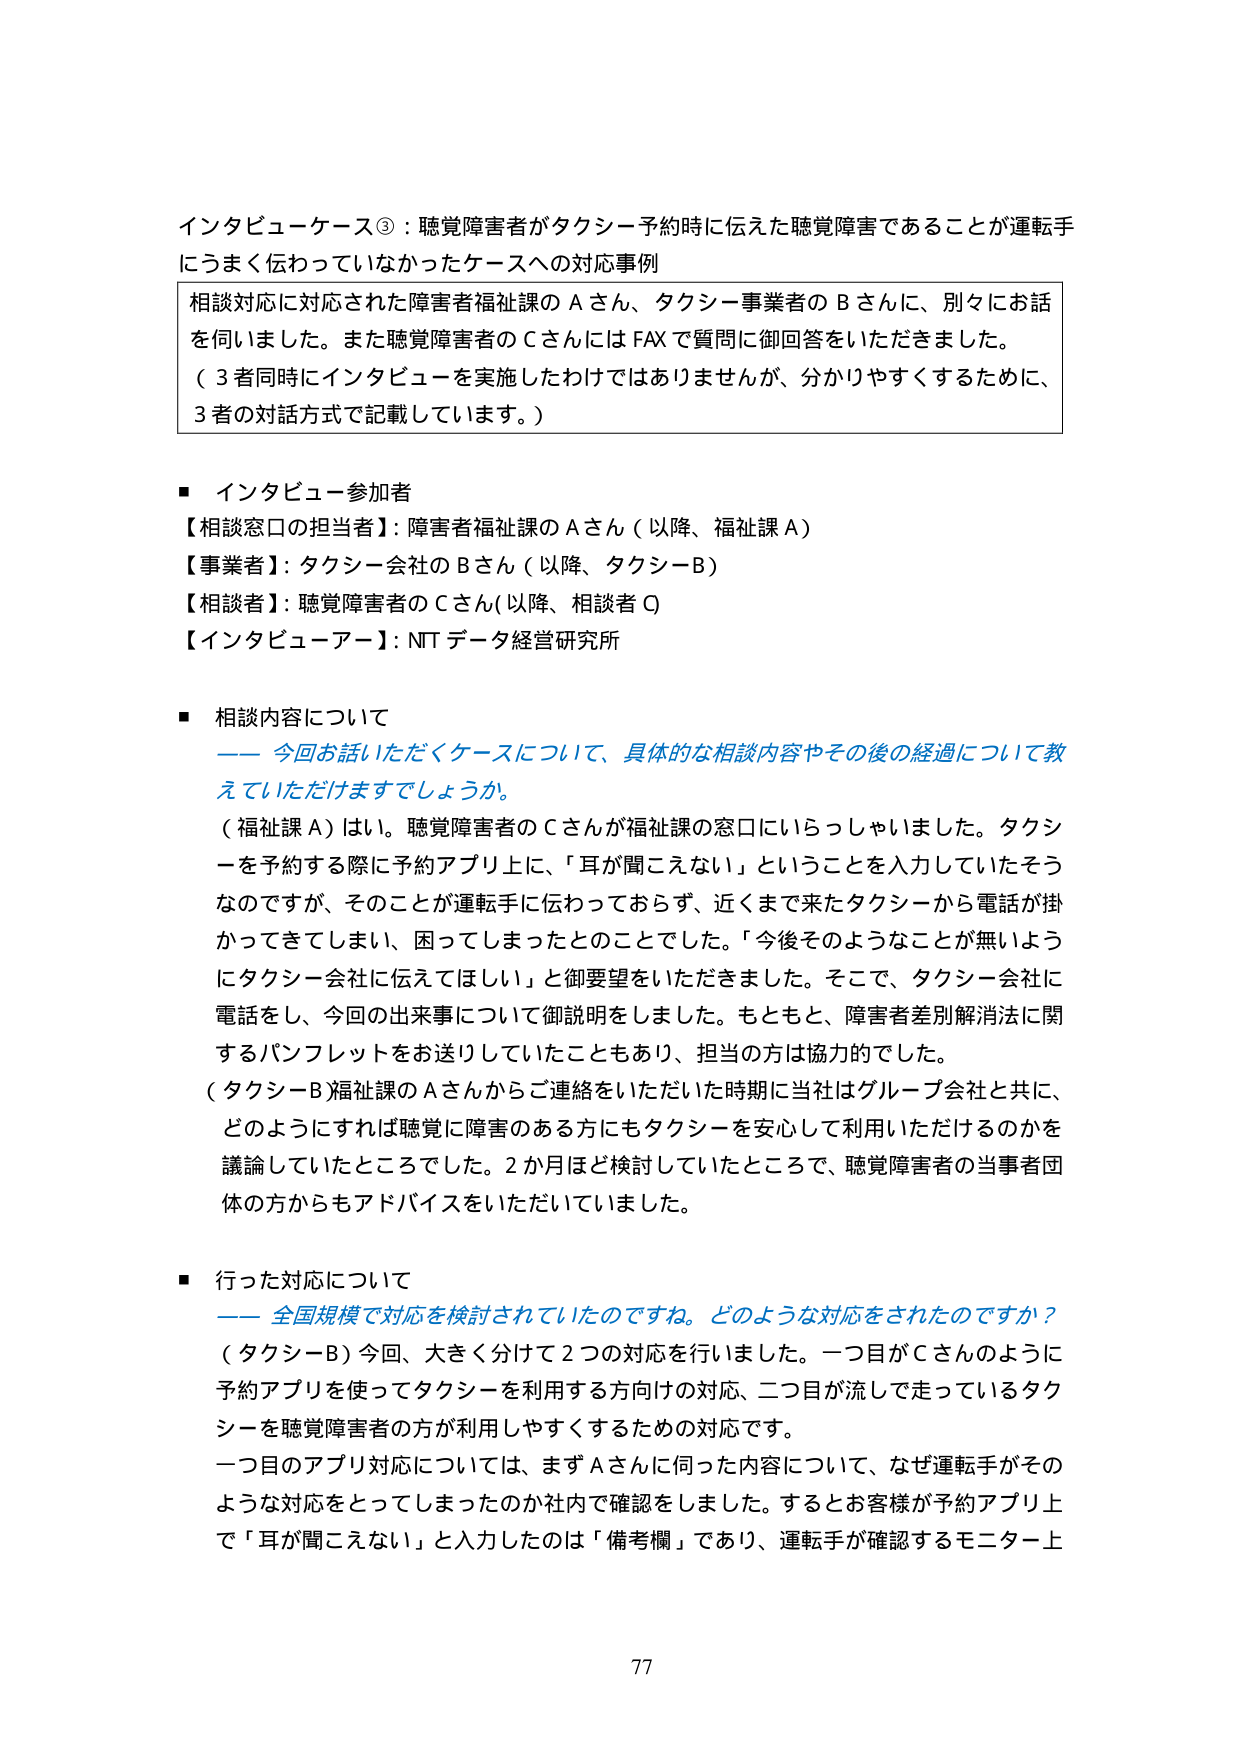
インタビューケース③：聴覚障害者がタクシー予約時に伝えた聴覚障害であることが運転手にうまく伝わっていなかったケースへの対応事例

相談対応に対応された障害者福祉課のＡさん、タクシー事業者のＢさんに、別々にお話を伺いました。また聴覚障害者のＣさんにはFAXで質問に御回答をいただきました。
（３者同時にインタビューを実施したわけではありませんが、分かりやすくするために、３者の対話方式で記載しています。）

■ インタビュー参加者
【相談窓口の担当者】：障害者福祉課のＡさん（以降、福祉課Ａ）
【事業者】：タクシー会社のＢさん（以降、タクシーＢ）
【相談者】：聴覚障害者のＣさん（以降、相談者Ｃ）
【インタビューアー】：NTTデータ経営研究所

■ 相談内容について
―― 今回お話いただくケースについて、具体的な相談内容やその後の経過について教えていただけますでしょうか。
（福祉課Ａ）はい。聴覚障害者のＣさんが福祉課の窓口にいらっしゃいました。タクシーを予約する際に予約アプリ上に、「耳が聞こえない」ということを入力していたそうなのですが、そのことが運転手に伝わっておらず、近くまで来たタクシーから電話が掛かってきてしまい、困ってしまったとのことでした。「今後そのようなことが無いようにタクシー会社に伝えてほしい」と御要望をいただきました。そこで、タクシー会社に電話をし、今回の出来事について御説明をしました。もともと、障害者差別解消法に関するパンフレットをお送りしていたこともあり、担当の方は協力的でした。
（タクシーＢ）福祉課のＡさんからご連絡をいただいた時期に当社はグループ会社と共に、どのようにすれば聴覚に障害のある方にもタクシーを安心して利用いただけるのかを議論していたところでした。２か月ほど検討していたところで、聴覚障害者の当事者団体の方からもアドバイスをいただいていました。

■ 行った対応について
―― 全国規模で対応を検討されていたのですね。どのような対応をされたのですか？
（タクシーＢ）今回、大きく分けて２つの対応を行いました。一つ目がＣさんのように予約アプリを使ってタクシーを利用する方向けの対応、二つ目が流して走っているタクシーを聴覚障害者の方が利用しやすくするための対応です。
一つ目のアプリ対応については、まずＡさんに伺った内容について、なぜ運転手がそのような対応をとってしまったのか社内で確認をしました。するとお客様が予約アプリ上で「耳が聞こえない」と入力したのは「備考欄」であり、運転手が確認するモニター上

77